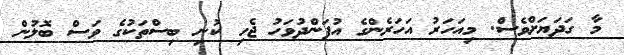
މާ ގަދަޔަށްވެސް. މިއަހަރު އަހަރެންގެ އުފަންދުވަހު ޖެހި ކުނި ބިސްތަކުގެ ވަސް ބޮލުން